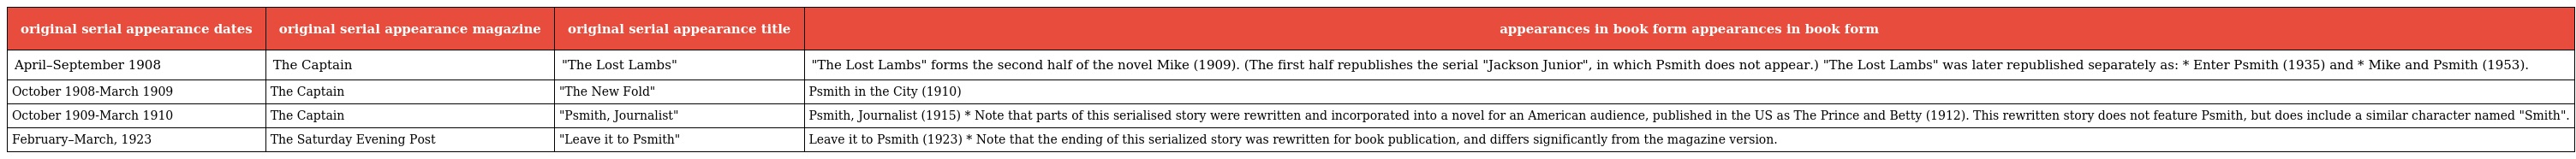
| original serial appearance dates | original serial appearance magazine | original serial appearance title | appearances in book form appearances in book form |
 | --- | --- | --- | --- |
 | April–September 1908 | The Captain | "The Lost Lambs" | "The Lost Lambs" forms the second half of the novel Mike (1909). (The first half republishes the serial "Jackson Junior", in which Psmith does not appear.) "The Lost Lambs" was later republished separately as: * Enter Psmith (1935) and * Mike and Psmith (1953). |
 | October 1908-March 1909 | The Captain | "The New Fold" | Psmith in the City (1910) |
 | October 1909-March 1910 | The Captain | "Psmith, Journalist" | Psmith, Journalist (1915) * Note that parts of this serialised story were rewritten and incorporated into a novel for an American audience, published in the US as The Prince and Betty (1912). This rewritten story does not feature Psmith, but does include a similar character named "Smith". |
 | February–March, 1923 | The Saturday Evening Post | "Leave it to Psmith" | Leave it to Psmith (1923) * Note that the ending of this serialized story was rewritten for book publication, and differs significantly from the magazine version. |